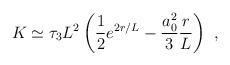
LaTeX: \begin{align*}K \simeq \tau_3 L^2 \left(\frac{1}{2} e^{2r/L} - \frac{a_0^2}{3} \frac{r}{L} \right) \ ,\end{align*}